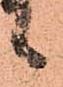
候